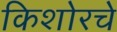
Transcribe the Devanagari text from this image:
किशोरचे